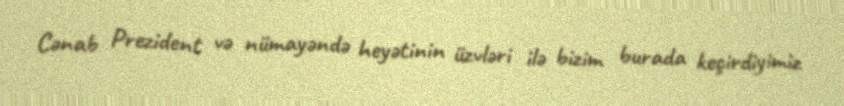
Cənab Prezident və nümayəndə heyətinin üzvləri ilə bizim burada keçirdiyimiz